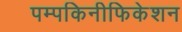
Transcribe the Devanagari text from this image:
पम्पकिनीफिकेशन